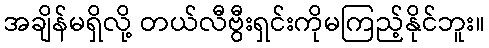
အချိန်မရှိလို့ တယ်လီဗွီးရှင်းကိုမကြည့်နိုင်ဘူး။